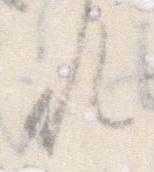
れ